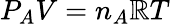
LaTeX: P_{A}V=n_{A}\mathbb{R}T